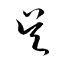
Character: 呉